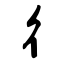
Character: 彳